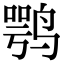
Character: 鹗